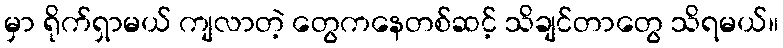
မှာ ရိုက်ရှာမယ် ကျလာတဲ့ တွေကနေတစ်ဆင့် သိချင်တာတွေ သိရမယ်။